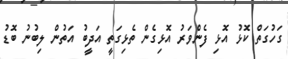
ގަހުގަތް ކޮޅު އޮޅި ފެންވަރު އޮޅިގެން ތެޅިގަތީ އަދީބު އަތުން ލިބުނު ބޮޑު